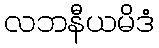
လဘနီယမိဒံ